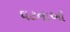
ઘટનાઓ